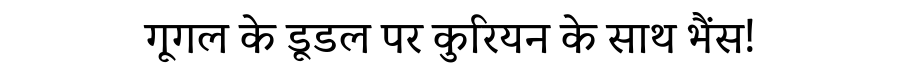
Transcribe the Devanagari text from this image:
गूगल के डूडल पर कुरियन के साथ भैंस!